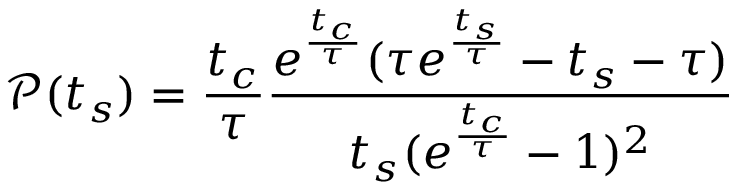
\mathscr { P } ( t _ { s } ) = \frac { t _ { c } } { \tau } \frac { e ^ { \frac { t _ { c } } { \tau } } ( \tau e ^ { \frac { t _ { s } } { \tau } } - t _ { s } - \tau ) } { t _ { s } ( e ^ { \frac { t _ { c } } { \tau } } - 1 ) ^ { 2 } }